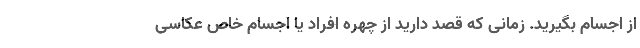
از اجسام بگیرید. زمانی که قصد دارید از چهره افراد یا اجسام خاص عکاسی